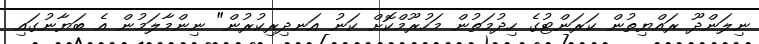
ނިލަންދޫ ރައްޔިތުން ކަރަންޓުގެ ހިދުމަތުން މަހުރޫމްކޮށް ކަނު އަނދިރިކުރުން" ނިންމާލަމުން އެ ބަޔާނުގައި